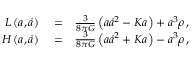
\begin{array} { r l r } { L \left( a , \dot { a } \right) } & { { } = } & { \frac { 3 } { 8 \pi G } \left( a \dot { a } ^ { 2 } - K a \right) + a ^ { 3 } \rho \, , } \\ { { \cal H } \left( a , \dot { a } \right) } & { { } = } & { \frac { 3 } { 8 \pi G } \left( a \dot { a } ^ { 2 } + K a \right) - a ^ { 3 } \rho \, , } \end{array}